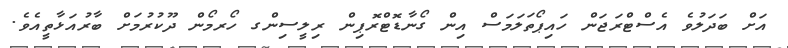
އަށް ބަދަލުވެ އެސްޓްރަޖަން ހައިޕޯތަލަމަސް އިން ގޯނާޑޮޓްރޮޕިން ރިލީސިންގ ހޯރމޯން ދޫކުރުމަށް ބާރުއަޅާތީއެވެ.